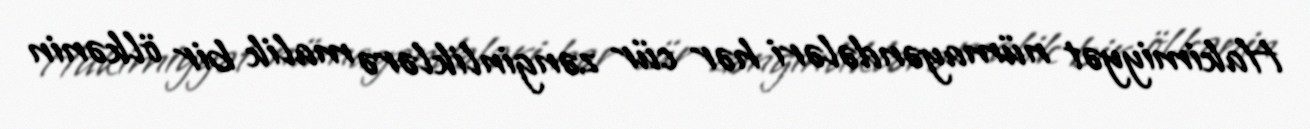
Hakimiyyət nümayəndələri hər cür zənginliklərə malik bir ölkənin